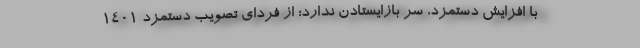
با افزایش دستمزد، سرِ بازایستادن ندارد؛ از فردای تصویب دستمزد ۱۴۰۱